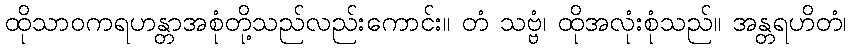
ထိုသာဝကရဟန္တာအစုံတို့သည်လည်းကောင်း။ တံ သဗ္ဗံ၊ ထိုအလုံးစုံသည်။ အန္တရဟိတံ၊